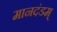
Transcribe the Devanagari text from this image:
मानदंडम्